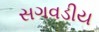
સગવડીય